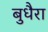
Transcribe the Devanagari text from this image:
बुधैरा